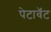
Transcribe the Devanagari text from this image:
पेटावॅट